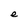
Character: e